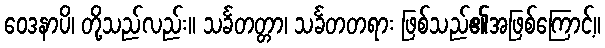
ဝေဒနာပိ၊ တို့သည်လည်း။ သင်္ခတတ္တာ၊ သင်္ခတတရား ဖြစ်သည်၏အဖြစ်ကြောင့်။